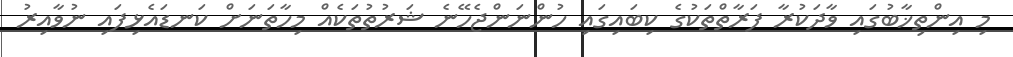
މި އިންތިޚާބުގައި ވާދަކުރާ ފަރާތްތަކުގެ ކިބައިގައި ހުންނަންޖެހޭނެ ޝަރުތުތަކެއް މިހާތަނަށް ކަނޑައެޅިފައި ނުވާއިރު